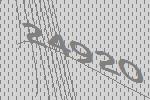
24920